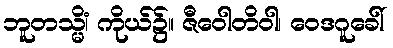
ဘူတသ္မိံ၊ ကိုယ်၌။ ဇီဝေါတိဝါ၊ ဝေဒဂူခေါ်